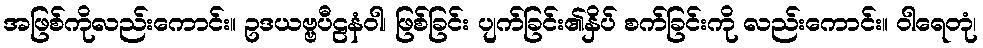
အဖြစ်ကိုလည်းကောင်း။ ဥဒယဗ္ဗပီဠနံဝါ၊ ဖြစ်ခြင်း ပျက်ခြင်း၏နှိပ် စက်ခြင်းကို လည်းကောင်း။ ဝါရေတုံ၊